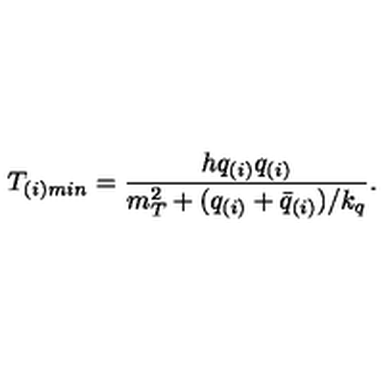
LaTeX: T _ { ( i ) m i n } = { \frac { h q _ { ( i ) } q _ { ( i ) } } { m _ { T } ^ { 2 } + ( q _ { ( i ) } + \bar { q } _ { ( i ) } ) / k _ { q } } } .